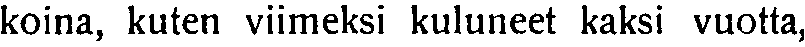
koina, kuten viimeksi kuluneet kaksi vuotta,